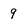
Character: 9